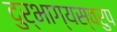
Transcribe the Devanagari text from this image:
दुर्भाग्यस्वरुप